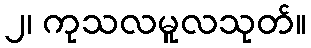
၂၊ ကုသလမူလသုတ်။